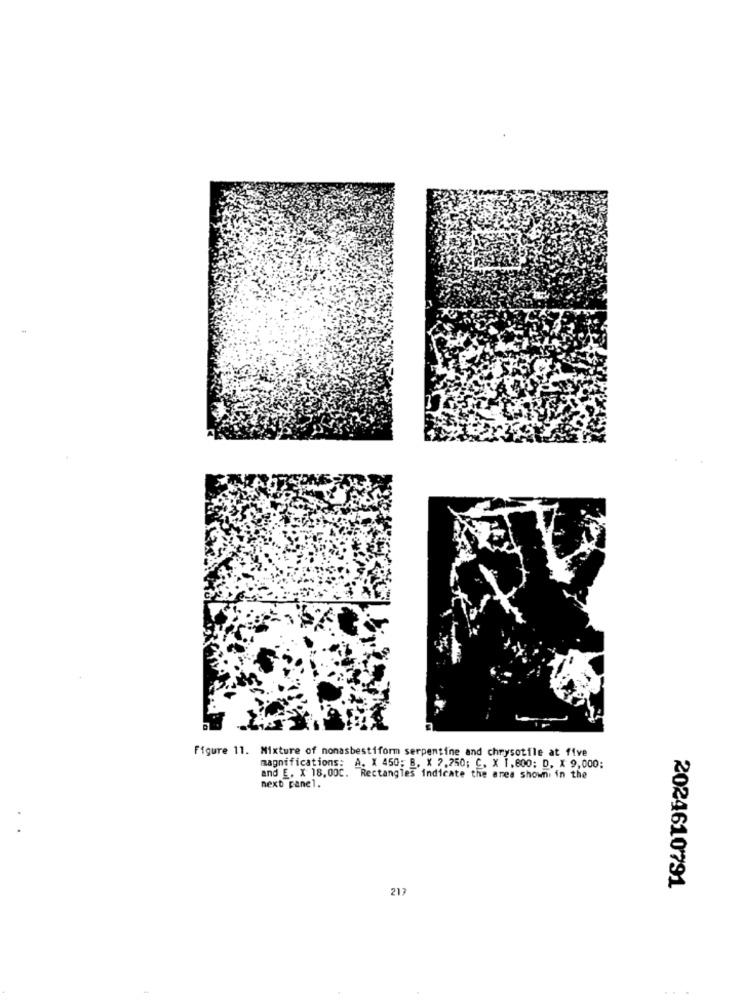
Figure 11. Mixture of nonasbestiform serpentine and chrysotile at five
magnifications: A. X 450; B. X 7,250; C. X 1.600: D. X 9,000;
and E. X 18,00C. Rectangles indicate the anes shown in
next panel.
217
2024610791